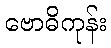
ဗောဓိကုန်း